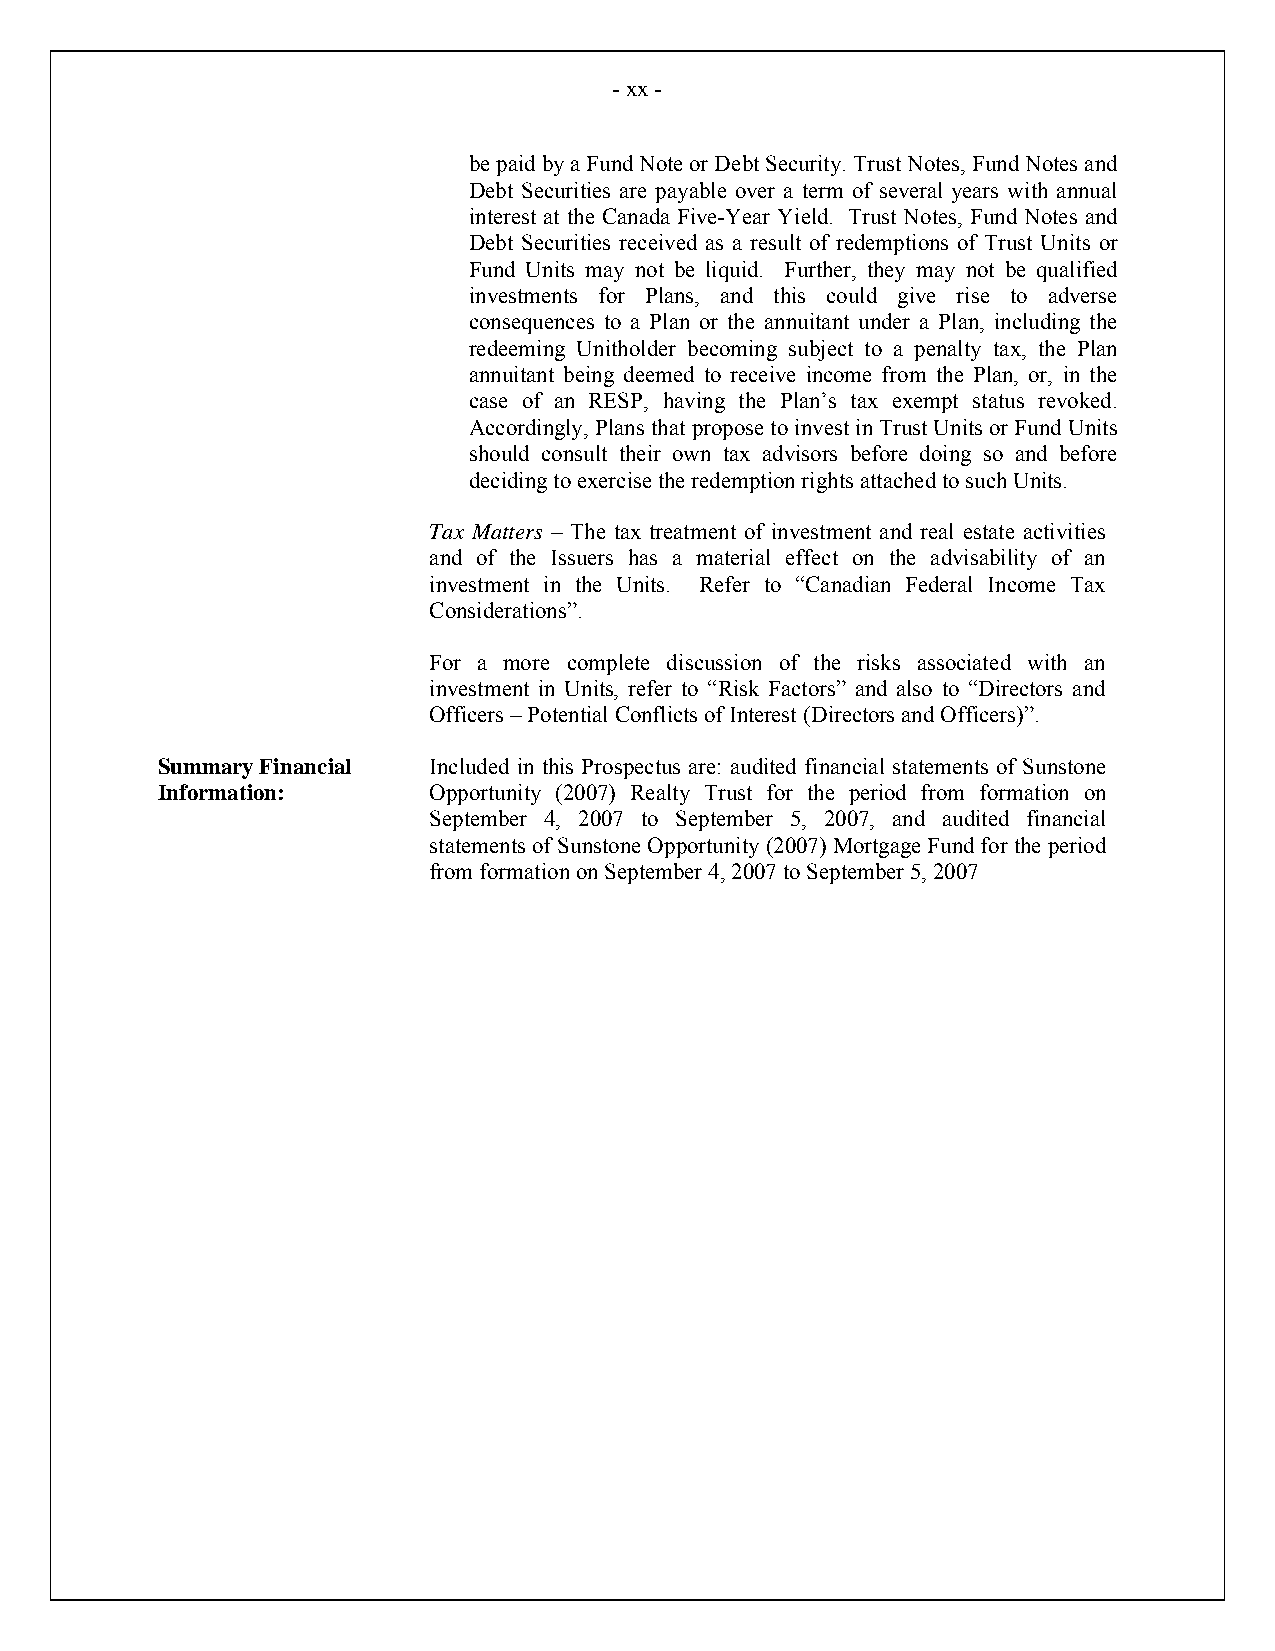
- xx -
 be paid by a Fund Note or Debt Security. Trust Notes, Fund Notes and
 Debt Securities are payable over a term of several years with annual
 interest at the Canada Five-Year Yield. Trust Notes, Fund Notes and
 Debt Securities received as a result of redemptions of Trust Units or
 Fund Units may not be liquid. Further, they may not be qualified
 investments for Plans, and this could give rise to adverse
 consequences to a Plan or the annuitant under a Plan, including the
 redeeming Unitholder becoming subject to a penalty tax, the Plan
 annuitant being deemed to receive income from the Plan, or, in the
 case of an RESP, having the Plan’s tax exempt status revoked.
 Accordingly, Plans that propose to invest in Trust Units or Fund Units
 should consult their own tax advisors before doing so and before
 deciding to exercise the redemption rights attached to such Units.
 Tax Matters – The tax treatment of investment and real estate activities
 and of the Issuers has a material effect on the advisability of an
 investment in the Units. Refer to “Canadian Federal Income Tax
 Considerations”.
 For a more complete discussion of the risks associated with an
 investment in Units, refer to “Risk Factors” and also to “Directors and
 Officers – Potential Conflicts of Interest (Directors and Officers)”.
 Summary Financial Included in this Prospectus are: audited financial statements of Sunstone
 Information:      Opportunity (2007) Realty Trust for the period from formation on
 September 4, 2007 to September 5, 2007, and audited financial
 statements of Sunstone Opportunity (2007) Mortgage Fund for the period
 from formation on September 4, 2007 to September 5, 2007